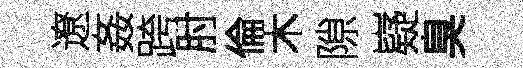
遼姦跨肘倫木隙嶷臭